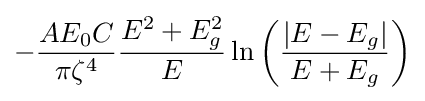
-{\frac {AE_{0}C}{\pi \zeta ^{4}}}{\frac {E^{2}+E_{g}^{2}}{E}}\ln {\left({\frac {\left|E-E_{g}\right|}{E+E_{g}}}\right)}\,\!